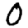
Digit: 0